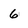
Character: 6